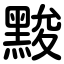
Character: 黢